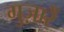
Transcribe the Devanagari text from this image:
गुज़ारें